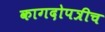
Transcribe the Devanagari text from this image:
कागदोपत्रीच